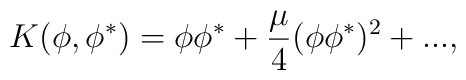
K(\phi,\phi^*)= \phi\phi^*+\frac{\mu}{4}(\phi\phi^*)^2+...,